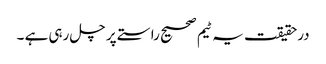
درحقیقت یہ ٹیم صحیح راستے پر چل رہی ہے ۔